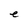
Character: e